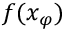
f ( x _ { \varphi } )